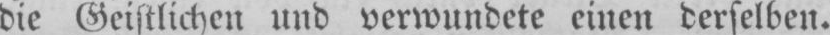
die Geistlichen und verwundete einen derselben.